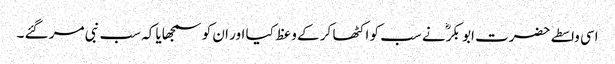
اسی واسطے حضرت ابو بکرؓ نے سب کو اکٹھا کر کے وعظ کیا اور ان کو سمجھایا کہ سب نبی مر گئے ۔